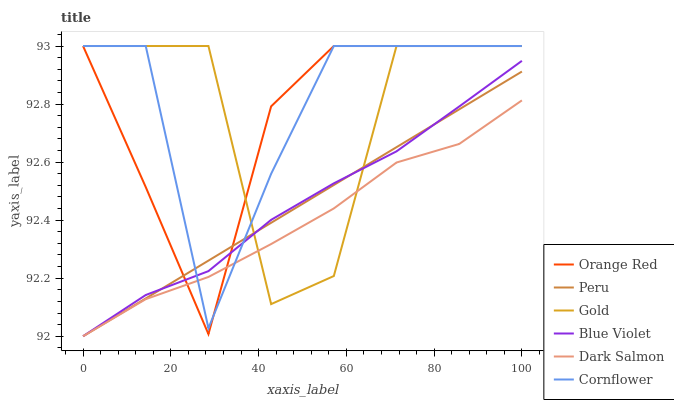
| xaxis_label | Orange Red | Peru | Gold | Blue Violet | Dark Salmon | Cornflower |
 | --- | --- | --- | --- | --- | --- | --- |
 | 0 | 93 | 92 | 93 | 92 | 92 | 93 |
 | 14.3 | 92.5 | 92.1 | 93 | 92.1 | 92.1 | 93 |
 | 28.6 | 92 | 92.3 | 93 | 92.2 | 92.2 | 92 |
 | 42.9 | 92.8 | 92.4 | 92.1 | 92.4 | 92.3 | 92.6 |
 | 57.1 | 93 | 92.5 | 92.2 | 92.5 | 92.4 | 93 |
 | 71.4 | 93 | 92.7 | 93 | 92.6 | 92.6 | 93 |
 | 85.7 | 93 | 92.8 | 93 | 92.8 | 92.7 | 93 |
 | 100 | 93 | 92.9 | 93 | 92.9 | 92.8 | 93 |